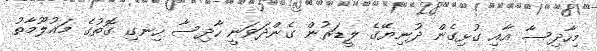
މިހާދިސާ އާއި ގުޅިގެން ދުނިޔޭގެ ލީޑަރުން ގެންދަވަނީ ހާދިސާ ހިނގި ގޮތުގެ މައުލޫމާތު